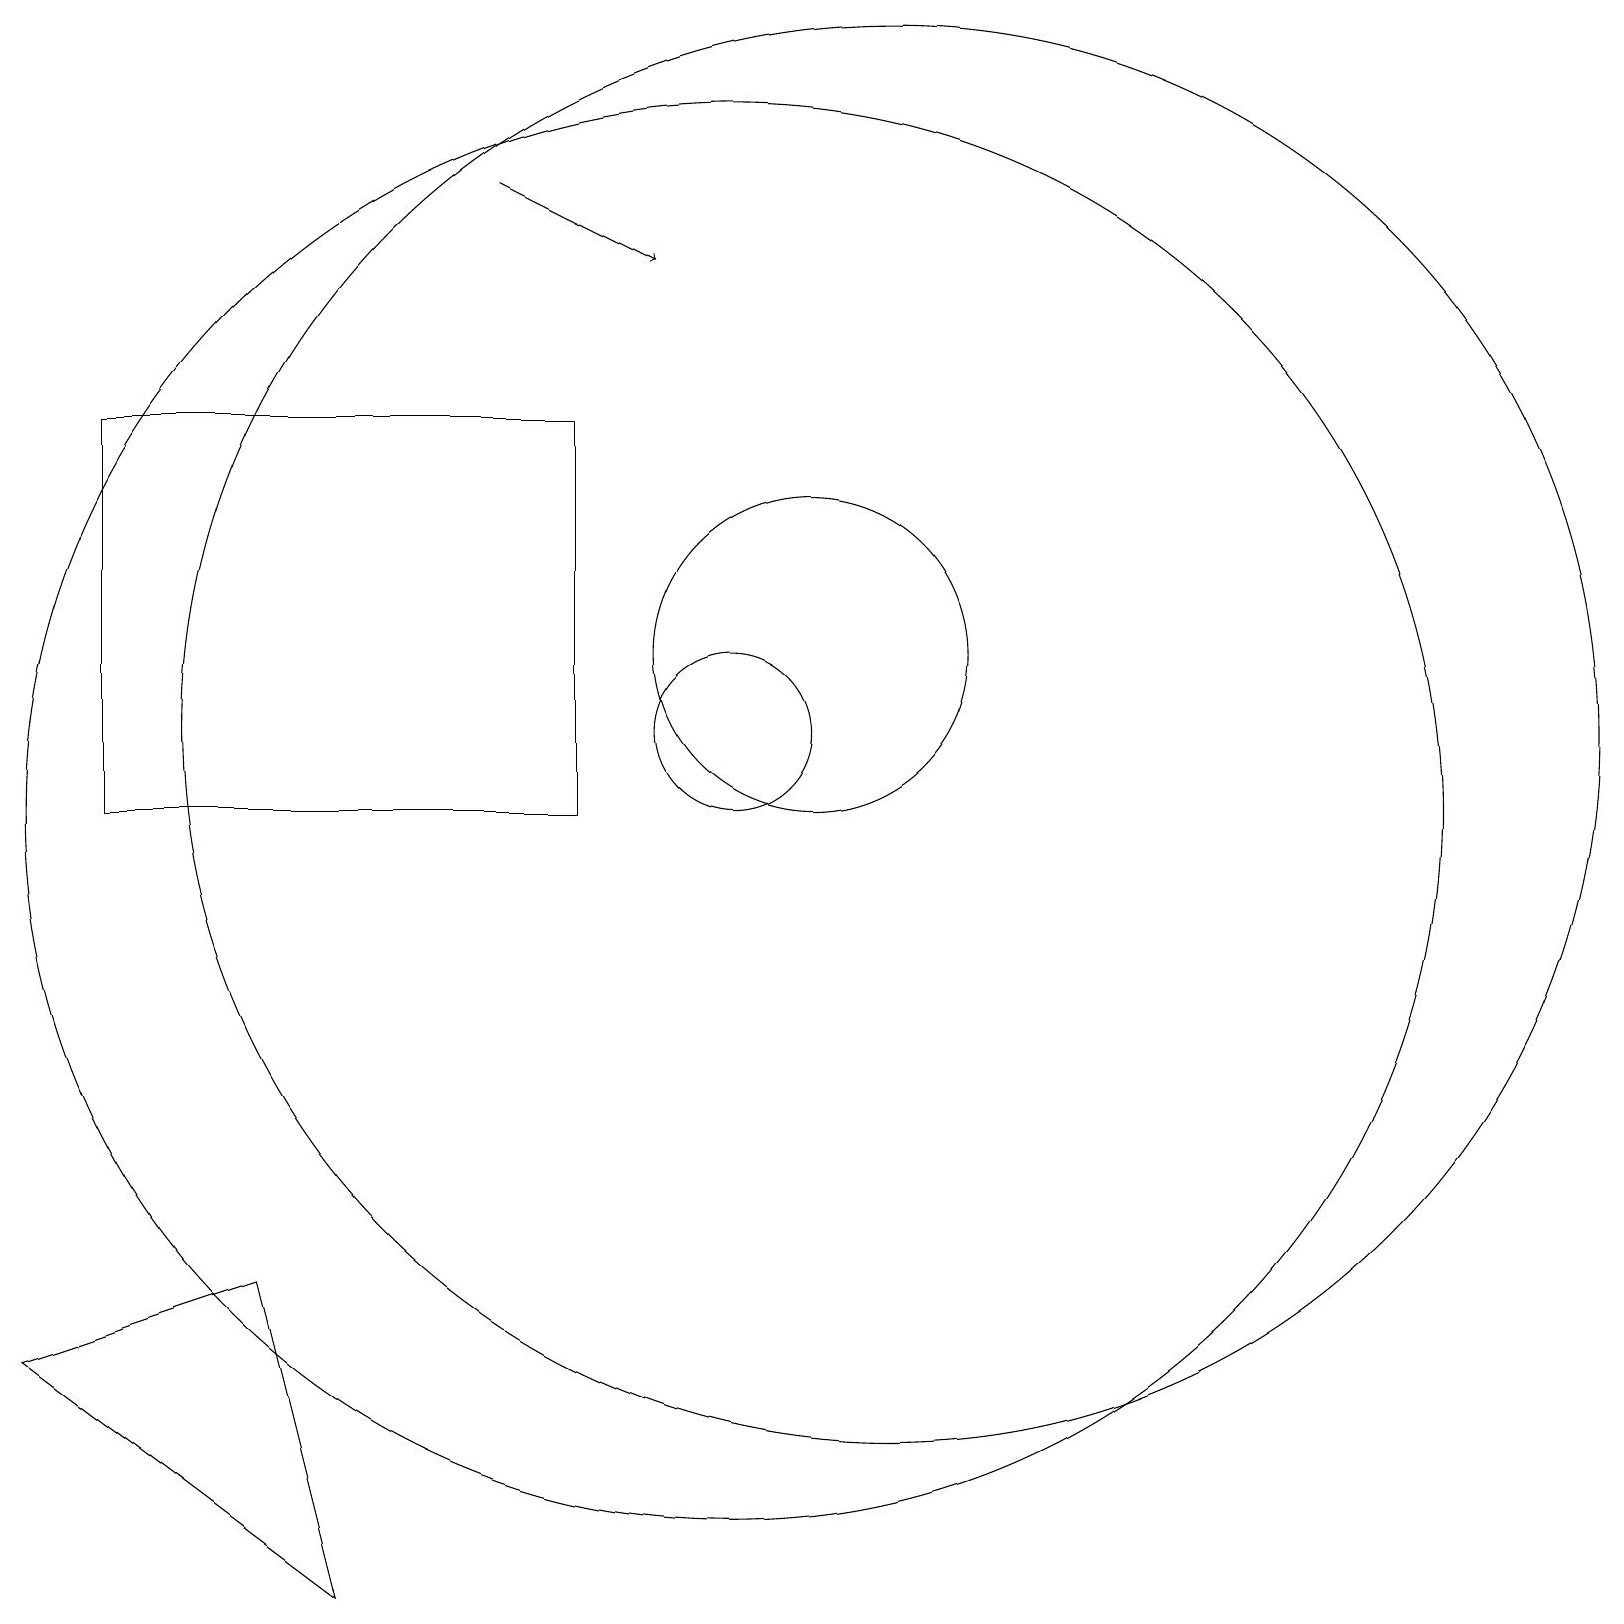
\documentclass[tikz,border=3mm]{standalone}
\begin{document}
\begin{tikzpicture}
\draw[->] (7,18) -- (9,17);
\draw (11,12) circle (2);
\draw (10,10) circle (9);
\draw (12,12) circle (0);
\draw (1,3) -- (4,4) -- (5,0) -- cycle;
\draw (10,11) circle (1);
\draw (12,11) circle (9);
\draw (8,15) rectangle (2,10);
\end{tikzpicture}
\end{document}